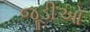
જૂડીઓ